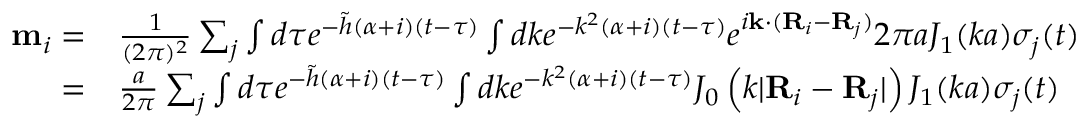
\begin{array} { r l } { { \bf m } _ { i } = } & { { } \frac { 1 } { ( 2 \pi ) ^ { 2 } } \sum _ { j } \int d \tau e ^ { - \tilde { h } ( \alpha + i ) ( t - \tau ) } \int d k e ^ { - k ^ { 2 } ( \alpha + i ) ( t - \tau ) } e ^ { i { \bf k } \cdot ( { \bf R } _ { i } - { \bf R } _ { j } ) } 2 \pi a J _ { 1 } ( k a ) \sigma _ { j } ( t ) } \\ { = } & { { } \frac { a } { 2 \pi } \sum _ { j } \int d \tau e ^ { - \tilde { h } ( \alpha + i ) ( t - \tau ) } \int d k e ^ { - k ^ { 2 } ( \alpha + i ) ( t - \tau ) } J _ { 0 } \left( k \lvert { \bf R } _ { i } - { \bf R } _ { j } \rvert \right) J _ { 1 } ( k a ) \sigma _ { j } ( t ) } \end{array}